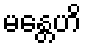
မန္တေဟိ